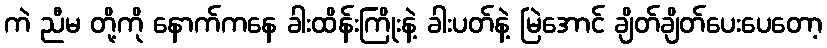
ကဲ ညီမ တို့ကို နောက်ကနေ ခါးထိန်းကြိုးနဲ့ ခါးပတ်နဲ့ မြဲအောင် ချိတ်ချိတ်ပေးပေတော့